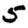
Digit: 5